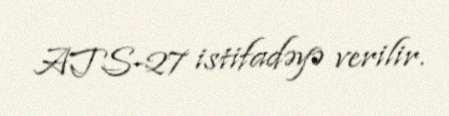
ATS-27 istifadəyə verilir.